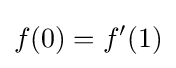
f(0)=f'(1)